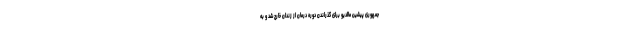
جمهوری پیشین مالدیو برای گذراندن دوره درمان از زندان خارج شد و به